Civil Veterinary Department. United Provinces 1932-42 - 1932-1942
Year: 1932
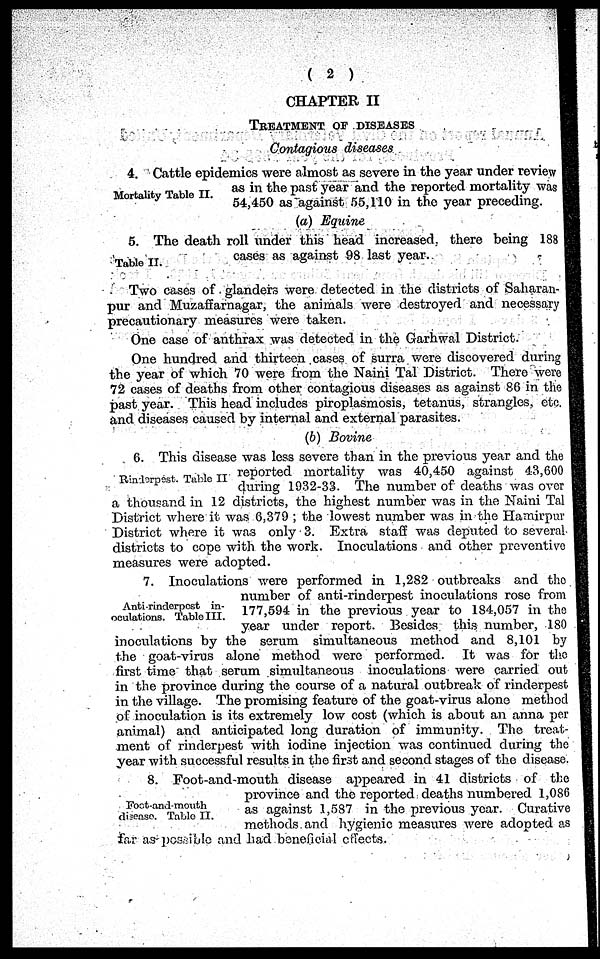
( 2 )
CHAPTER II
TTREATMENT OF DISEASES
Contagious diseases
Mortality Table II.
4. Cattle epidemics were almost as severe in the year under review
as in the past year and the reported mortality was
54,450 as against 55,110 in the year preceding.
(a) Equine
Table II.
5. The death roll under this head increased, there being 188
cases as against 98 last year.
Two cases of glanders were detected in the districts of Saharan-
pur and Muzaffarnagar, the animals were destroyed and necessary
precautionary measures were taken.
One case of anthrax was detected in the Garhwal District.
One hundred and thirteen cases of surra were discovered during
the year of which 70 were from the Naini Tal District. There were
72 cases of deaths from other contagious diseases as against 86 in the
past year. This head includes piroplasmosis, tetanus, strangles, etc.
and diseases caused by internal and external parasites.
(6) Bovine
Rinderpest. Table II
6. This disease was less severe than in the previous year and the
reported mortality was 40,450 against 43,600
during 1932-33. The number of deaths was over
a thousand in 12 districts, the highest number was in the Naini Tal
District where it was 6,379 ; the lowest number was in the Hamirpur
District where it was only 3. Extra staff was deputed to several
districts to cope with the work. Inoculations and other preventive
measures were adopted.
Anti rinderpest in-
oculations. Table III.
7. Inoculations were performed in 1,282 outbreaks and the
number of anti-rinderpest inoculations rose from
177,594 in the previous year to 184,057 in the
year under report. Besides this number, 180
inoculations by the serum simultaneous method and 8,101 by
the goat-virus alone method were performed. It was for the
first time that serum simultaneous inoculations were carried out
in the province during the course of a natural outbreak of rinderpest
in the village. The promising feature of the goat-virus alone method
of inoculation is its extremely low cost (which is about an anna per
animal) and anticipated long duration of immunity. The treat-
ment of rinderpest with iodine injection was continued during the
year with successful results in the first and second stages of the disease.
Foot-and-mouth
disease. Table II.
8. Foot-and-mouth disease appeared in 41 districts of the
province and the reported deaths numbered 1,086
as against 1,587 in the previous year. Curative
methods and hygienic measures were adopted as
far as possible and had beneficial effects.